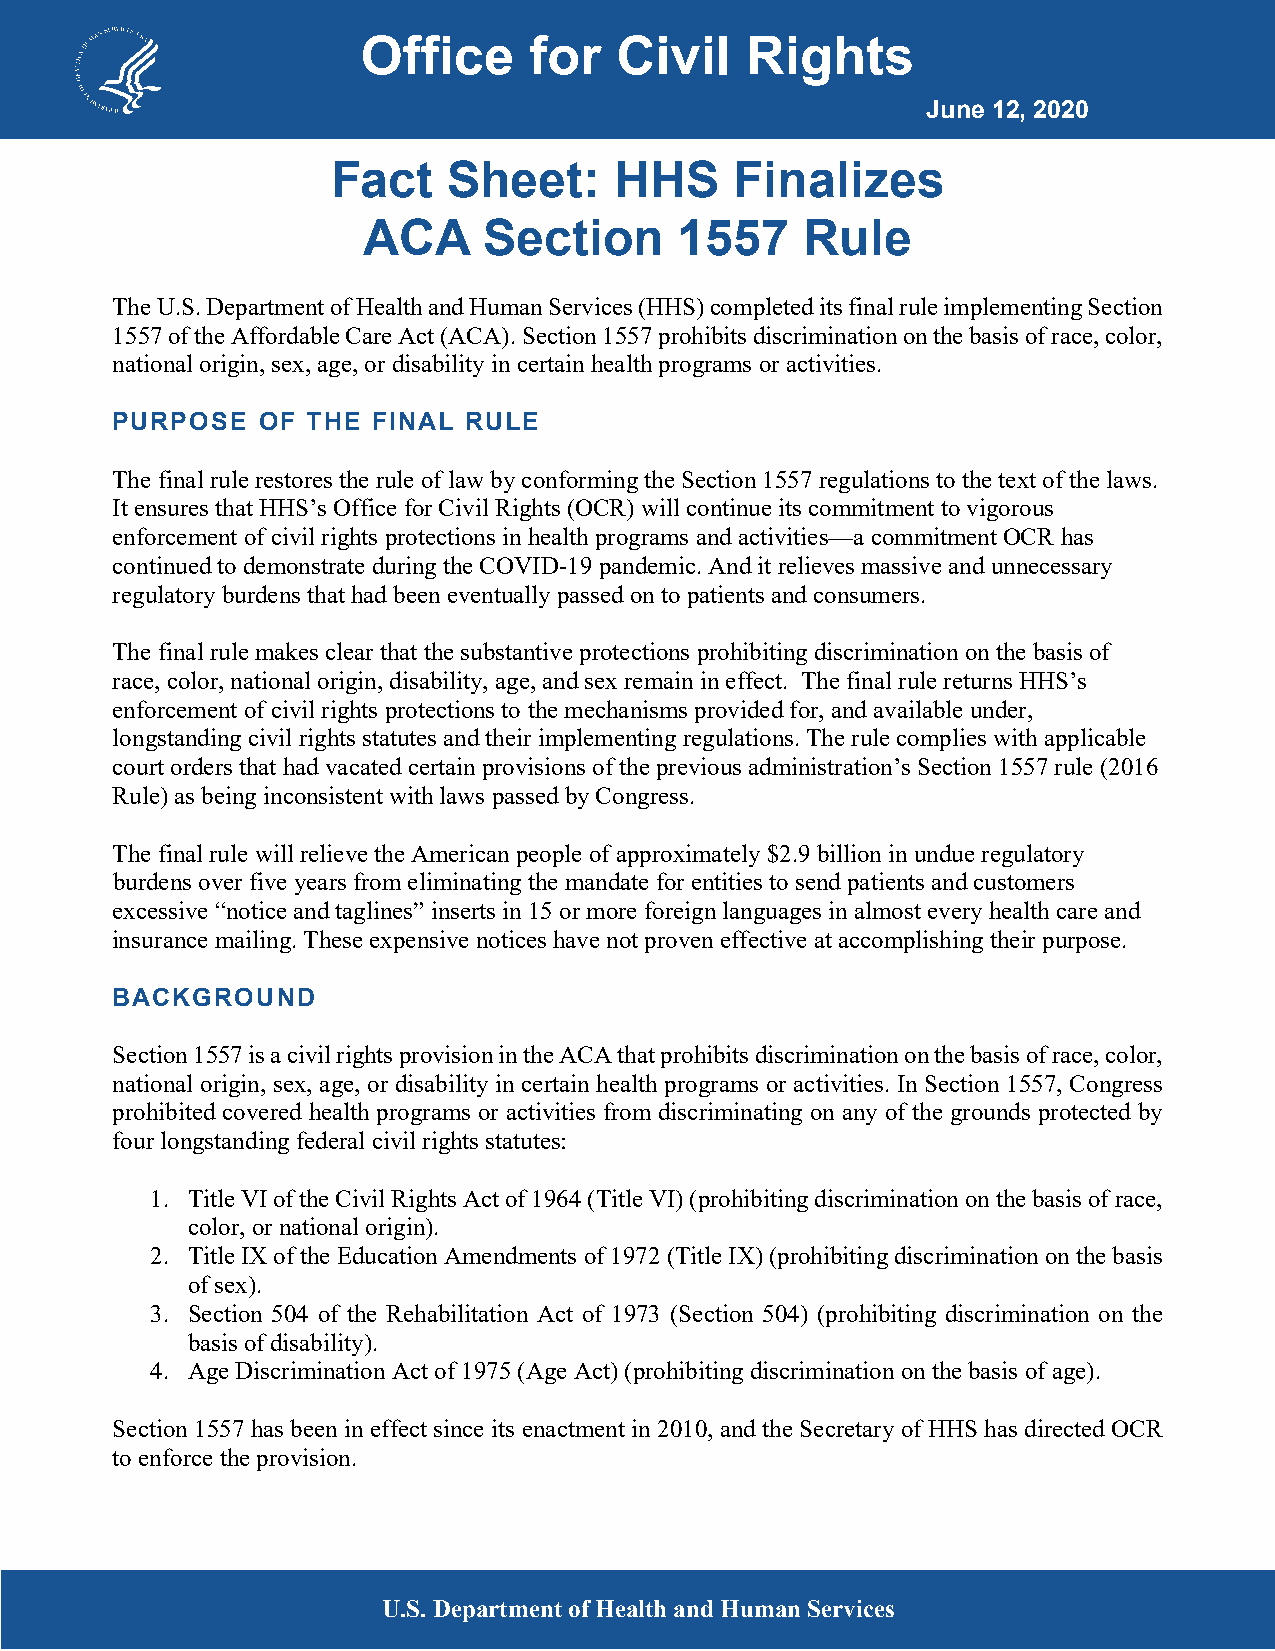
Office     for   Civil   Rights
 June 12, 2020
 Fact    Sheet:     HHS     Finalizes
 ACA     Section      1557    Rule
 The U.S. Department of Health and Human Services (HHS) completed its final rule implementing Section
 1557 of the Affordable Care Act (ACA). Section 1557 prohibits discrimination on the basis of race, color,
 national origin, sex, age, or disability in certain health programs or activities.
 PURPOSE   OF THE  FINAL RULE
 The final rule restores the rule of law by conforming the Section 1557 regulations to the text of the laws.
 It ensures that HHS’s Office for Civil Rights (OCR) will continue its commitment to vigorous
 enforcement of civil rights protections in health programs and activities—a commitment OCR has
 continued to demonstrate during the COVID-19 pandemic. And it relieves massive and unnecessary
 regulatory burdens that had been eventually passed on to patients and consumers.
 The final rule makes clear that the substantive protections prohibiting discrimination on the basis of
 race, color, national origin, disability, age, and sex remain in effect. The final rule returns HHS’s
 enforcement of civil rights protections to the mechanisms provided for, and available under,
 longstanding civil rights statutes and their implementing regulations. The rule complies with applicable
 court orders that had vacated certain provisions of the previous administration’s Section 1557 rule (2016
 Rule) as being inconsistent with laws passed by Congress.
 The final rule will relieve the American people of approximately $2.9 billion in undue regulatory
 burdens over five years from eliminating the mandate for entities to send patients and customers
 excessive “notice and taglines” inserts in 15 or more foreign languages in almost every health care and
 insurance mailing. These expensive notices have not proven effective at accomplishing their purpose.
 BACKGROUND
 Section 1557 is a civil rights provision in the ACA that prohibits discrimination on the basis of race, color,
 national origin, sex, age, or disability in certain health programs or activities. In Section 1557, Congress
 prohibited covered health programs or activities from discriminating on any of the grounds protected by
 four longstanding federal civil rights statutes:
 1. Title VI of the Civil Rights Act of 1964 (Title VI) (prohibiting discrimination on the basis of race,
 color, or national origin).
 2. Title IX of the Education Amendments of 1972 (Title IX) (prohibiting discrimination on the basis
 of sex).
 3. Section 504 of the Rehabilitation Act of 1973 (Section 504) (prohibiting discrimination on the
 basis of disability).
 4. Age Discrimination Act of 1975 (Age Act) (prohibiting discrimination on the basis of age).
 Section 1557 has been in effect since its enactment in 2010, and the Secretary of HHS has directed OCR
 to enforce the provision.
 U.S. Department of Health and Human Services